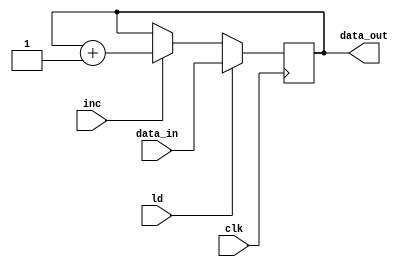
module Reg_DR #(parameter p = 15) (clk, data_in, ld, inc, data_out);

// list of inputs 
input wire clk, ld, inc;
input wire [p:0] data_in;

// list of outputs
output reg [p:0] data_out;

// module implementation	
always @(posedge clk)
	begin
		if		(ld == 1'b1)	data_out = data_in;			      // load data in the register
		else if (inc == 1'b1)	data_out = data_out + 1'b1;	// increment the value in the register
	end
endmodule